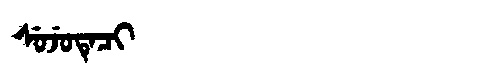
Manchu: ᠰᡠᠵᡠᡨᡝᠴᡳ
Romanization: SUJUTECI